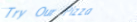
Try Our Pizza